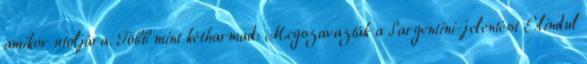
amikor utoljára. Több mint kétharmad: Megszavazták a Sargentini-jelentést Elindul